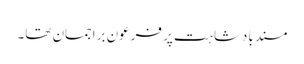
مسندِ بادشاہت پر فرعون براجمان تھا۔